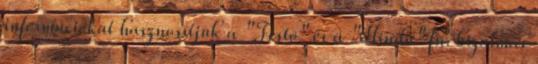
információkat hasznosítjuk a "Festõ" és a "Hindu" fn. bizalmas